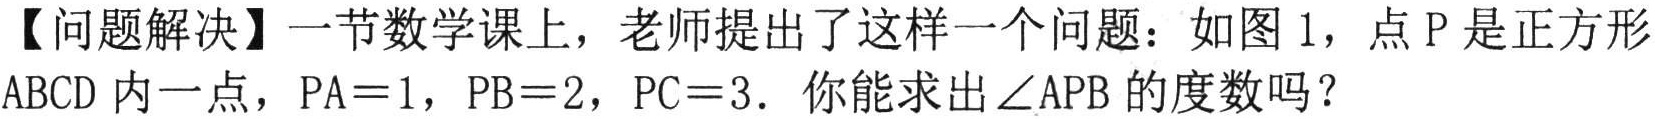
【问题解决】一节数学课上，老师提出了这样一个问题：如图 1，点 P 是正方形ABCD 内一点，PA = 1，PB = 2，PC = 3. 你能求出∠APB 的度数吗？